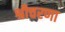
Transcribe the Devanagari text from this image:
श्रीचरणा